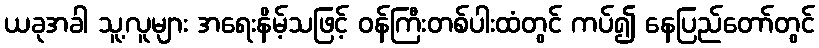
ယခုအခါ သူ့လူများ အရေးနိမ့်သဖြင့် ဝန်ကြီးတစ်ပါးထံတွင် ကပ်၍ နေပြည်တော်တွင်